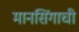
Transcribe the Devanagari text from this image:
मानसिंगाची